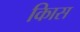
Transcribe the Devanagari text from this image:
किास